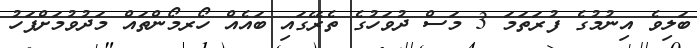
ބަލިވެ އިނުމުގެ ފުރަތަމަ 3 މަސް ދުވަހުގެ ތެރޭގައި ބައެއް ހޯރމޯންތައް މަދުވުމަށްފަހު